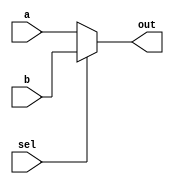
module Mux32bit #(localparam SIZE = 32)(	 
	 input [SIZE-1:0] a,
	 input [SIZE-1:0] b,
	 input sel,
	 output [SIZE-1:0] out
    );
	 
	assign out = (sel) ? b : a;
	
endmodule